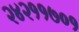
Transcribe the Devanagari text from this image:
२४२११७०१